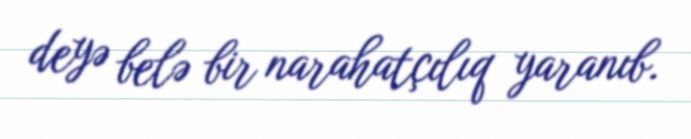
deyə belə bir narahatçılıq yaranıb.